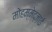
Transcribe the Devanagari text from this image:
मोहम्मेद्ज़ाई